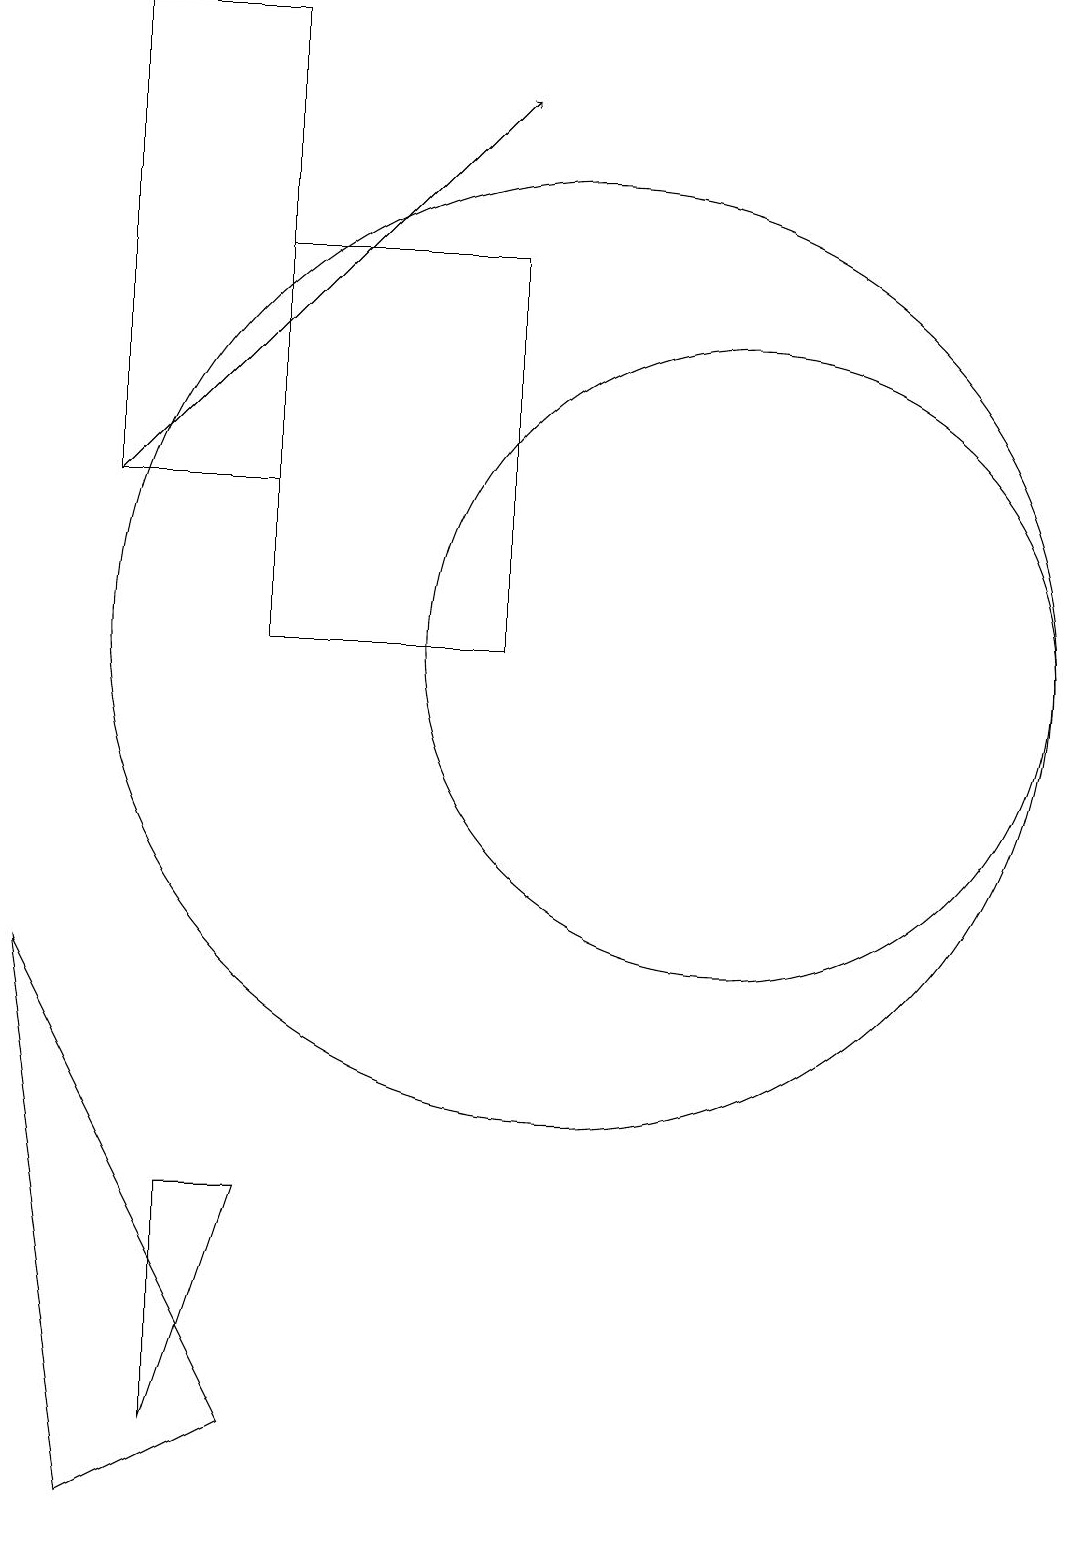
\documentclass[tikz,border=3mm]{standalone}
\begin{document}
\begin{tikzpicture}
\draw (6,16) rectangle (9,11);
\draw (6,4) -- (5,4) -- (5,1) -- cycle;
\draw[->] (4,13) -- (9,18);
\draw (3,7) -- (4,0) -- (6,1) -- cycle;
\draw (6,19) rectangle (4,13);
\draw (10,11) circle (6);
\draw (12,11) circle (4);
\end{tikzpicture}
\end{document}